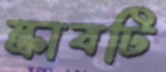
স্ক্রাবটি